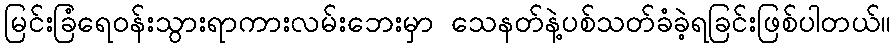
မြင်းခြံရေဝန်းသွားရာကားလမ်းဘေးမှာ သေနတ်နဲ့ပစ်သတ်ခံခဲ့ရခြင်းဖြစ်ပါတယ်။